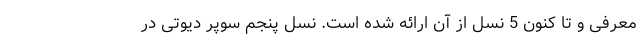
معرفی و تا کنون 5 نسل از آن ارائه شده است. نسل پنجم سوپر دیوتی در